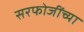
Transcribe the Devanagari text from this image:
सरफोजींच्या